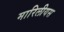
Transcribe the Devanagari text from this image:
मारिलीयस